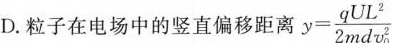
D.粒子在电场中的竖直偏移距离$$y= \frac{qUL^{2}}{2md \nu _ { 0}^{2}}$$